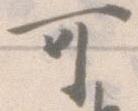
可